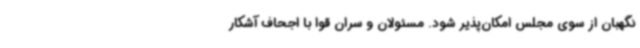
نگهبان از سوی مجلس امکان‌پذیر ‌شود. مسئولان و سران قوا با اجحاف آشکار